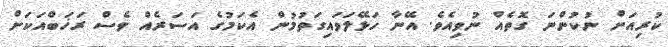
ކުރިއަށް ނުކުންނަ ގޮތެއް ނުވިއެވެ. އޭނާ ހަޅޭލަވައިގަތުމުން އެކަމުގެ އަސަރެއް ވެސް ރަޚަބްއަކަށް